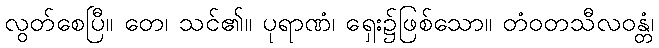
လွတ်စေပြီ။ တေ၊ သင်၏။ ပုရာဏံ၊ ရှေး၌ဖြစ်သော။ တံဝတသီလဝန္တံ၊